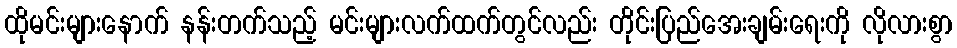
ထိုမင်းများနောက် နန်းတက်သည့် မင်းများလက်ထက်တွင်လည်း တိုင်းပြည်အေးချမ်းရေးကို လိုလားစွာ